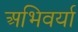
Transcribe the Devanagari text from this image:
अभिवर्या